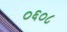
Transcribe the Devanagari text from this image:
०६०८